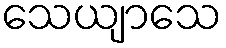
သေယျာသေ